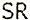
SR